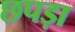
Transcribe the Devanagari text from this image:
छपड़ा